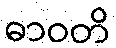
ဓာဝတိ